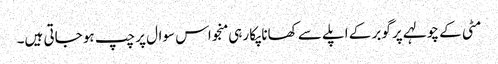
مٹی کے چولہے پر گوبر کے اپلے سے کھانا پکا رہی منجو اس سوال پر چپ ہو جاتی ہیں۔